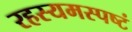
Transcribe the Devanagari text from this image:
रहस्यमस्पष्टं